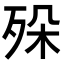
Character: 𣧷